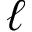
\ell